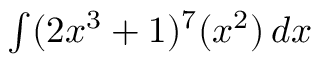
\textstyle \int ( 2 x ^ { 3 } + 1 ) ^ { 7 } ( x ^ { 2 } ) \, d x